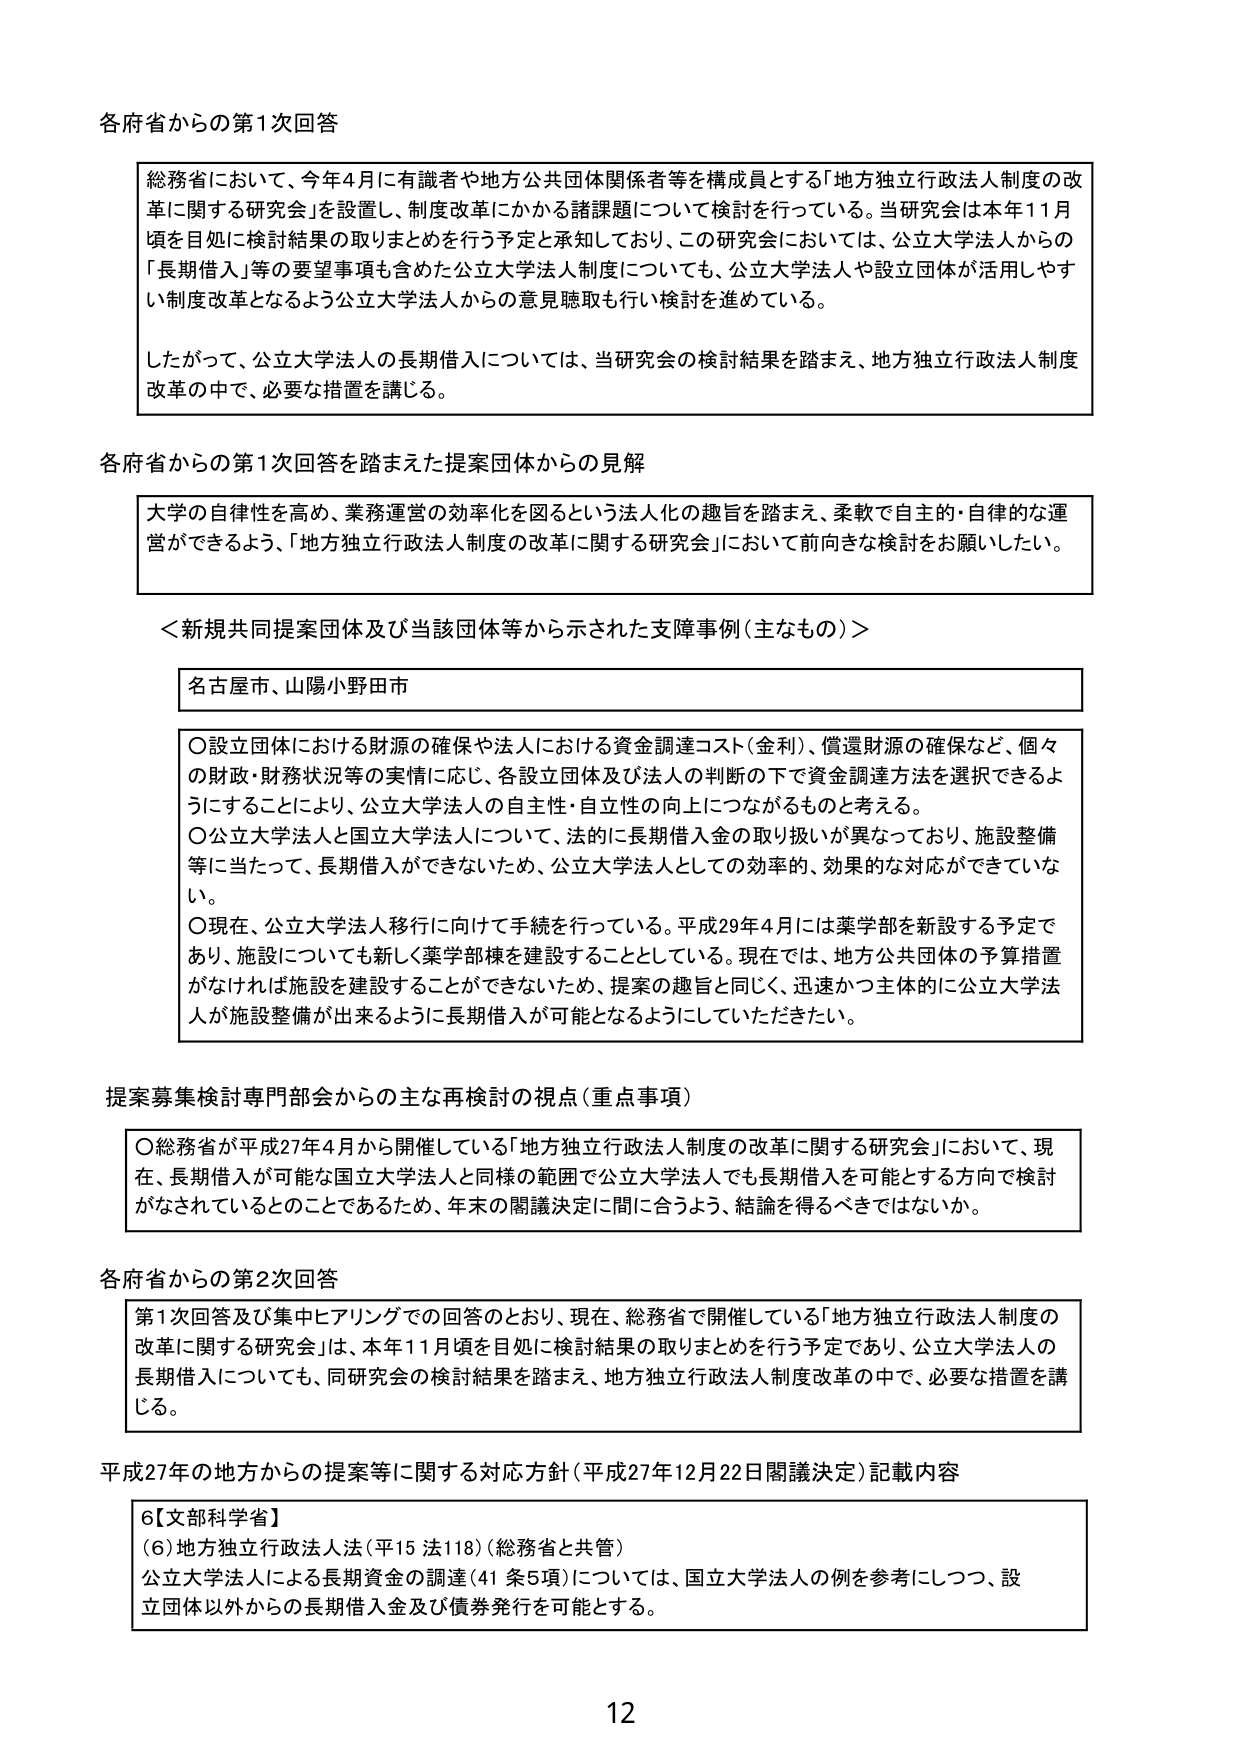
各府省からの第1次回答

総務省において、今年4月に有識者や地方公共団体関係者等を構成員とする「地方独立行政法人制度の改革に関する研究会」を設置し、制度改革にかかる諸課題について検討を行っている。当研究会は本年11月頃を目処に検討結果の取りまとめを行う予定と承知しており、この研究会においては、公立大学法人からの「長期借入」等の要望事項も含めた公立大学法人制度についても、公立大学法人や設立団体が活用しやすい制度改革となるよう公立大学法人からの意見聴取も行い検討を進めている。

したがって、公立大学法人の長期借入については、当研究会の検討結果を踏まえ、地方独立行政法人制度改革の中で、必要な措置を講じる。

各府省からの第1次回答を踏まえた提案団体からの見解

大学の自律性を高め、業務運営の効率化を図るという法人化の趣旨を踏まえ、柔軟で自主的・自律的な運営ができるよう、「地方独立行政法人制度の改革に関する研究会」において前向きな検討をお願いしたい。

＜新規共同提案団体及び当該団体等から示された支援事例（主なもの）＞

名古屋市、山陽小野田市

○設立団体における財源の確保や法人における資金調達コスト（金利）、償還財源の確保など、個々の財政・財務状況等の実情に応じ、各設立団体及び法人の判断の下で資金調達方法を選択できるようにすることにより、公立大学法人の自主性・自立性の向上につながるものと考える。

○公立大学法人と国立大学法人について、法的に長期借入金の取り扱いが異なっており、施設整備等に当たって、長期借入ができないため、公立大学法人としての効率的、効果的な対応ができていない。

○現在、公立大学法人移行に向けて手続を行っている。平成29年4月には薬学部を新設する予定であり、施設についても新しく薬学部棟を建設することとしている。現在では、地方公共団体の予算措置がなければ施設を建設することができないため、提案の趣旨と同じく、迅速かつ主体的に公立大学法人が施設整備が出来るように長期借入が可能となるよういただきたい。

提案募集検討専門部会からの主な再検討の視点（重点事項）

○総務省が平成27年4月から開催している「地方独立行政法人制度の改革に関する研究会」において、現在、長期借入が可能な国立大学法人と同様の範囲で公立大学法人でも長期借入を可能とする方向で検討がなされているとのことであるため、年末の閣議決定に間に合うよう、結論を得るべきではないか。

各府省からの第2次回答

第1次回答及び集中ヒアリングでの回答のとおり、現在、総務省で開催している「地方独立行政法人制度の改革に関する研究会」は、本年11月頃を目処に検討結果の取りまとめを行う予定であり、公立大学法人の長期借入についても、同研究会の検討結果を踏まえ、地方独立行政法人制度改革の中で、必要な措置を講じる。

平成27年の地方からの提案等に関する対応方針（平成27年12月22日閣議決定）記載内容

6【文部科学省】
（6）地方独立行政法人法（平15法118）（総務省と共管）
公立大学法人による長期資金の調達（41条5項）については、国立大学法人の例を参考にしつつ、設立団体以外からの長期借入金及び債券発行を可能とする。

12